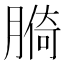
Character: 𦟑